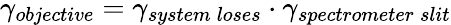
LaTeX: \gamma_{objective}=\gamma_{system\: loses}\cdot\gamma_{spectrometer\: slit}